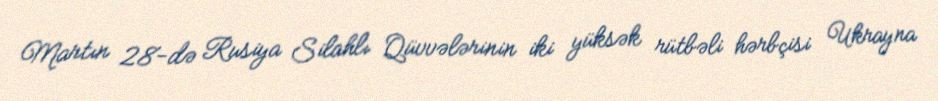
Martın 28-də Rusiya Silahlı Qüvvələrinin iki yüksək rütbəli hərbçisi Ukrayna